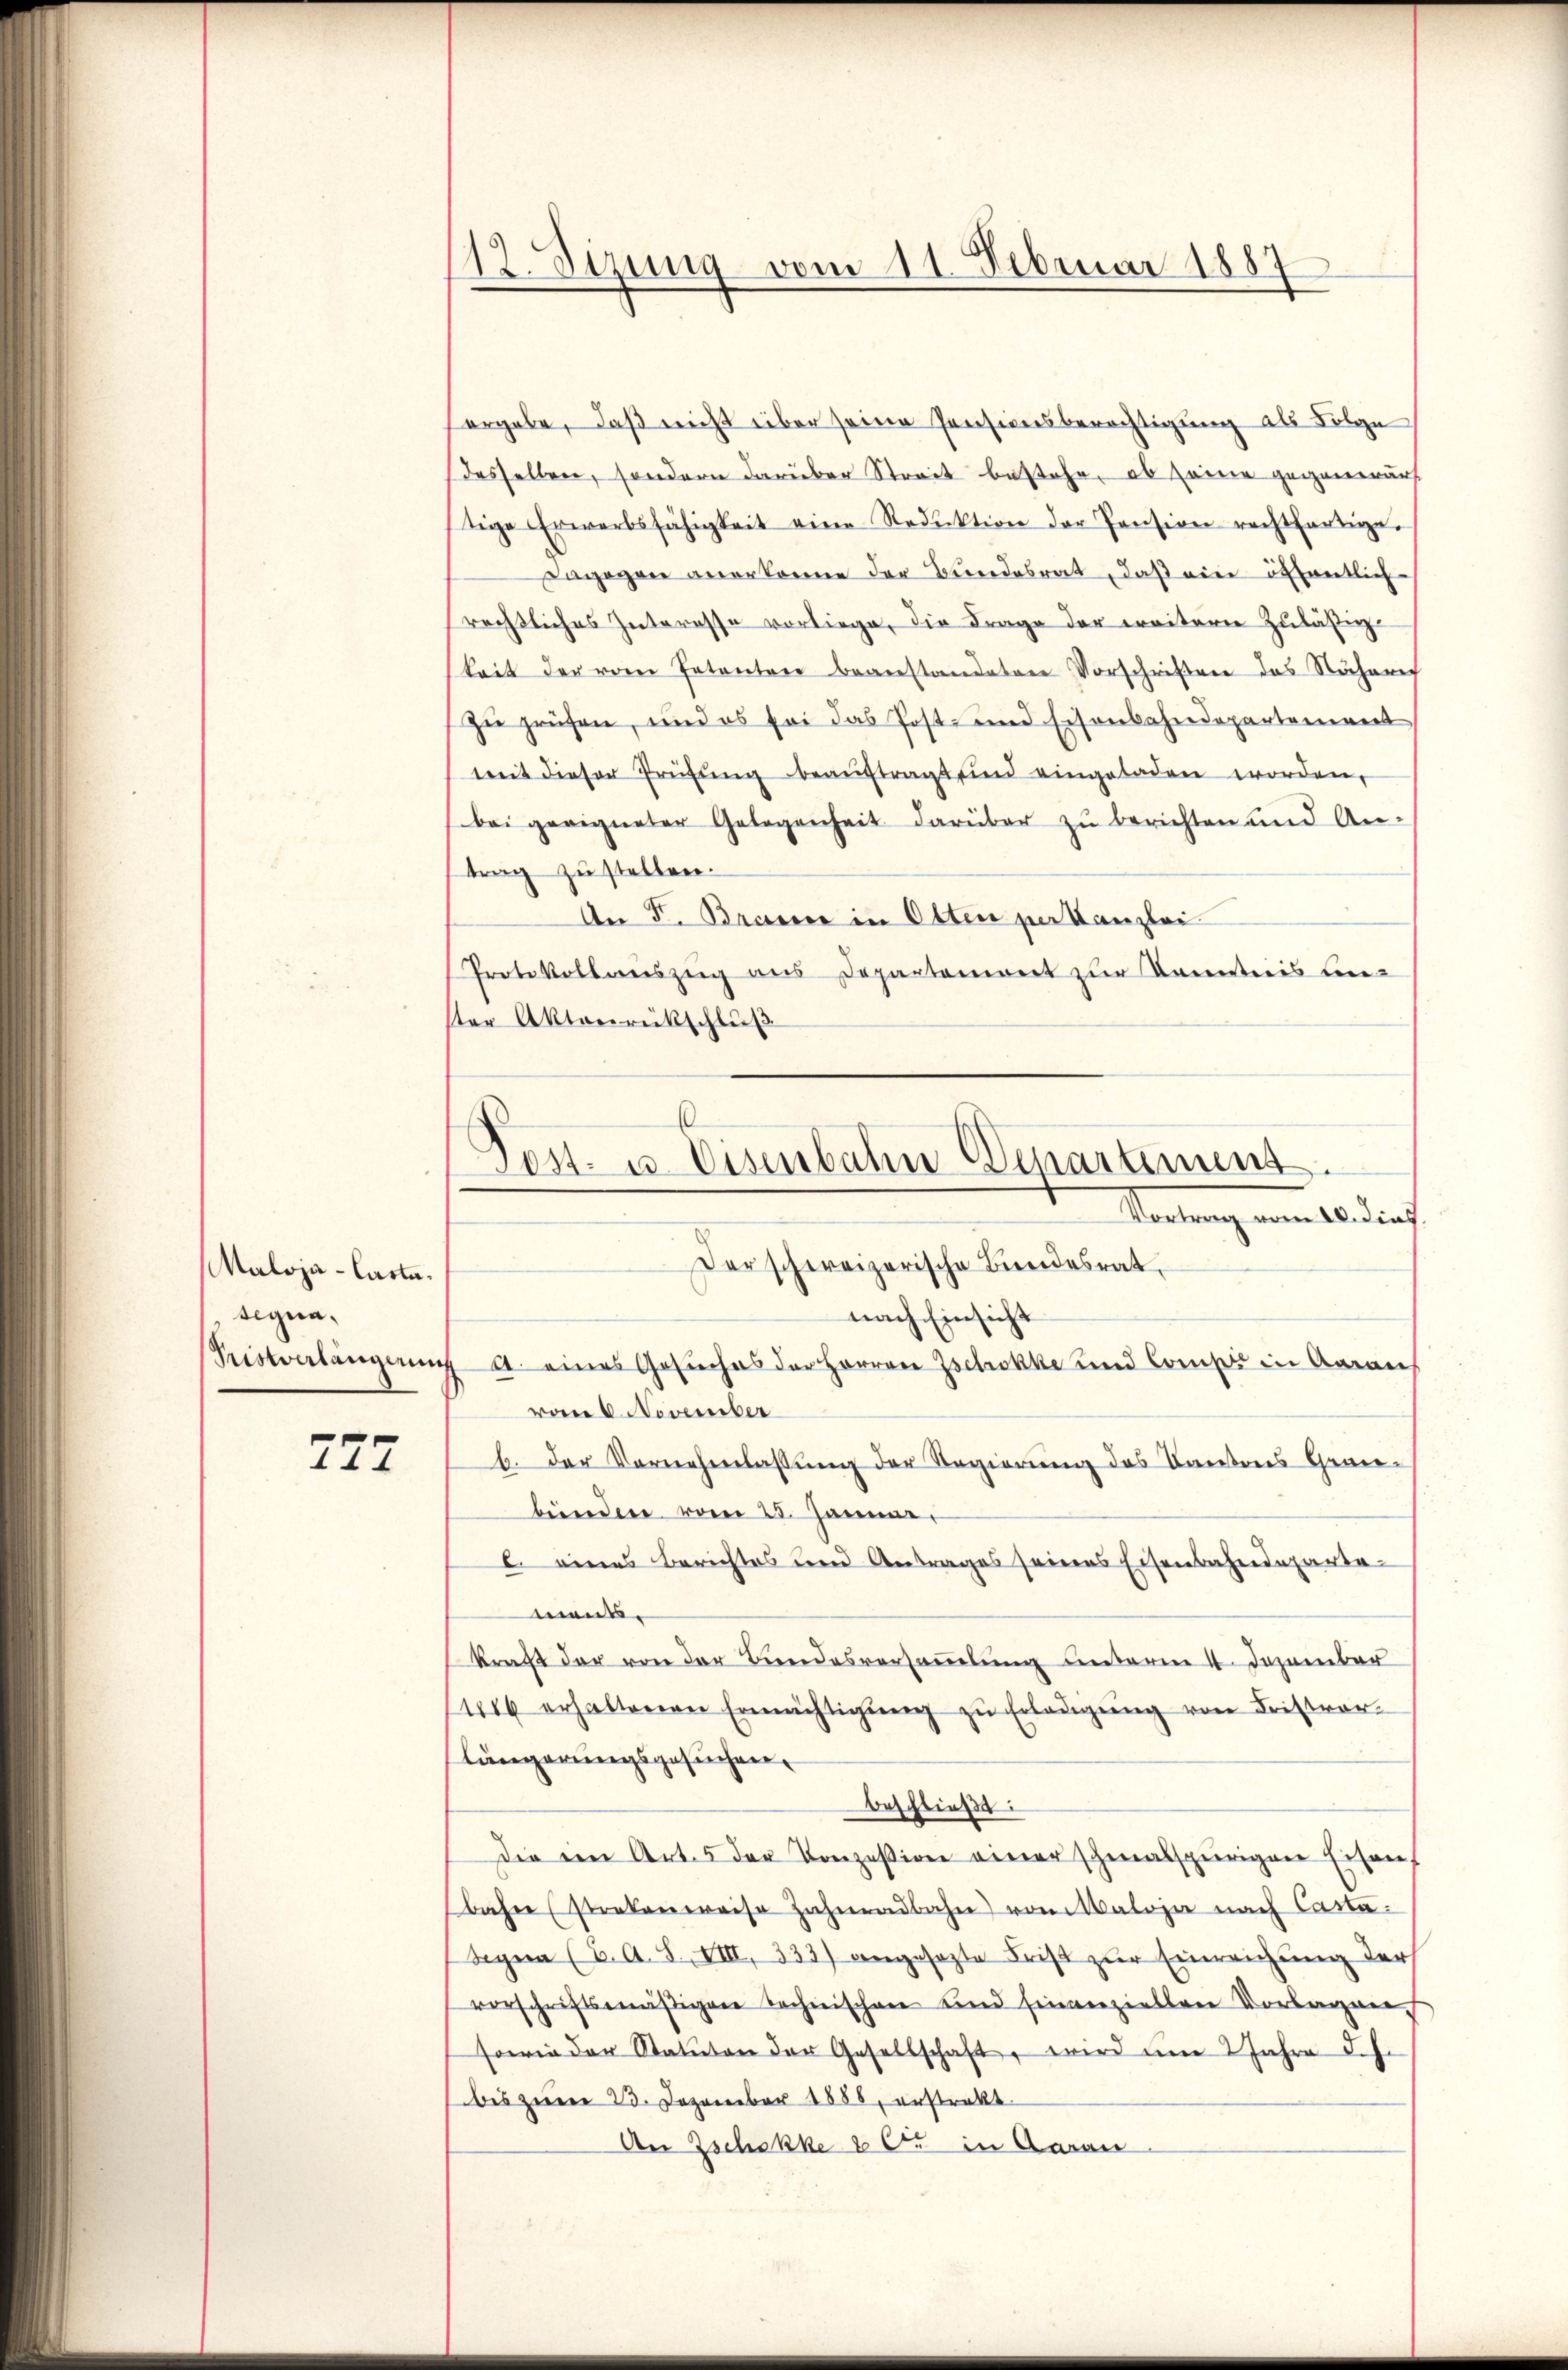
Maloja-Casta.
tegna,
Ristverlängerung

772

12. Sizung vom 11. Februar 1887

ergebe, daß nicht über seine Pensionsberichtigung als Folge
desselben, sondern darüber Streit bestehe, ob seine gegenwärt
tige Erwerbsfähigkeit eine Reduktion der Pension rechtfertige.
Lagogon anerkenne der Bundesrat, daß ein öffentlich
rechtliches Interesse vorliege, die Frage der weitern zuläßigkeit der vom Petenten beanstandeten Vorschriften das Nähere
zu prüfen, und es sei das Post- und Eisenbahndepartement
mit dieser Prüfŭng beaŭftragt sind eingeladen worden,
bei geeigneter Gelegenheit darüber zŭ berichten und An-
trag zu stellen.
An F. Branne in Otten per Kanzlei
Protokollauszug aus Departeniret zur Kenntnis unster Aktenrückschluß
Der schweizerische Bundesrat
nach Einsicht
A. eines Gesuches der Herrer Zschokke und Comp in Aaraus
vom 6. November
b. der Vornehmlassŭng der Regierŭng des Kantons Grau-
bünden vom 28. Januar,
C. eines Berichtes und Antrages seines Eisenbahndepartements.
kraft der von der Bundesversammlung unterm 4. Dezember
1006 erhaltenen Ermächtigŭng zŭ Erledigŭng von Fristver-
längerungsgesuchen.
beschließt:
Die ein Art. 5 der Konzession einer schmalspurigen Eisenbahre (strekenweise Zahnadbahn von Maloja nach Casta¬
Segen (2. A. S. VIII, 333) angesezte Frist zur Einreichung der
vorschriftsmäßigen Technischen Kind Einverziellen Vorlagen
sowie der Statuten der Gesellschaft, wird um 2 Jahre d. J.
bis zum 23. Dezember 1885, erstrakt
An Zschokke 86. in Aarau

E
Post- u. Eisenbahn Departement
Wertung vom 10. durch